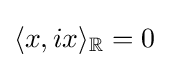
\langle x,ix\rangle _{\mathbb {R} }=0